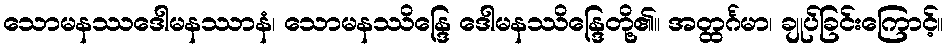
သောမနဿဒေါမနဿာနံ၊ သောမနဿိန္ဒြေ ဒေါမနဿိန္ဒြေတို့၏။ အတ္ထင်္ဂမာ၊ ချုပ်ခြင်းကြောင့်။